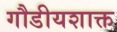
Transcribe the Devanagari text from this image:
गौडीयशाक्त